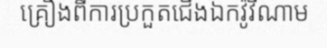
គ្រឿងពីការប្រកួតជើងឯកវ៉ូវីណាម